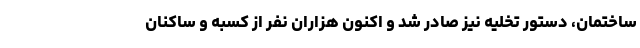
ساختمان، دستور تخلیه نیز صادر شد و اکنون هزاران نفر از کسبه و ساکنان